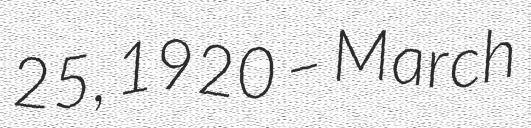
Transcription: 25, 1920 – March